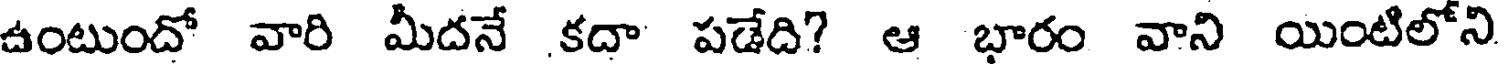
ఉంటుందో వారి మీదనే కదా పడేది? ఆ భారం వాని యింటిలోని